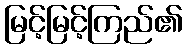
မြင့်မြင့်ကြည်၏